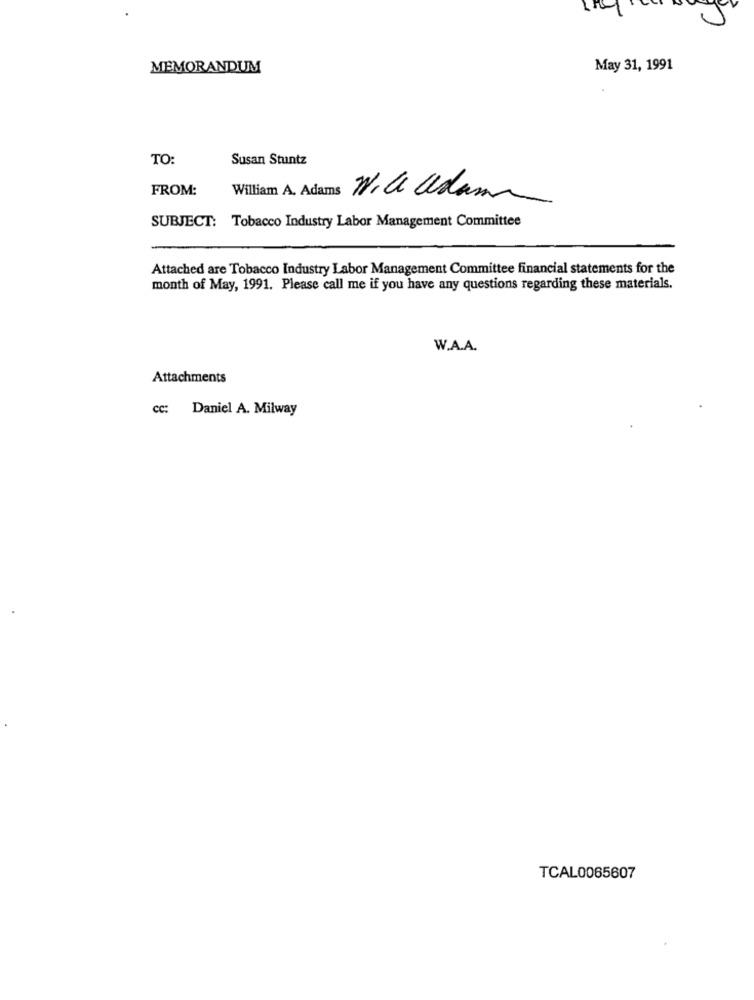
MEMORANDUM
May 31, 1991
TO
Susan Stuntz
FROM:
William A. Adams
SUBJECT: Tobacco Industry Labor Management Committee
Attached are Tobacco Industry Labor Management Committee financial statements for the
month of May, 1991. Please call me if you have any questions regarding these materials.
W.A.A.
Attachments
cc: Daniel A. Milway
TCAL0065607